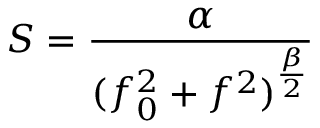
S = \frac { \alpha } { ( f _ { 0 } ^ { 2 } + f ^ { 2 } ) ^ { \frac { \beta } { 2 } } }